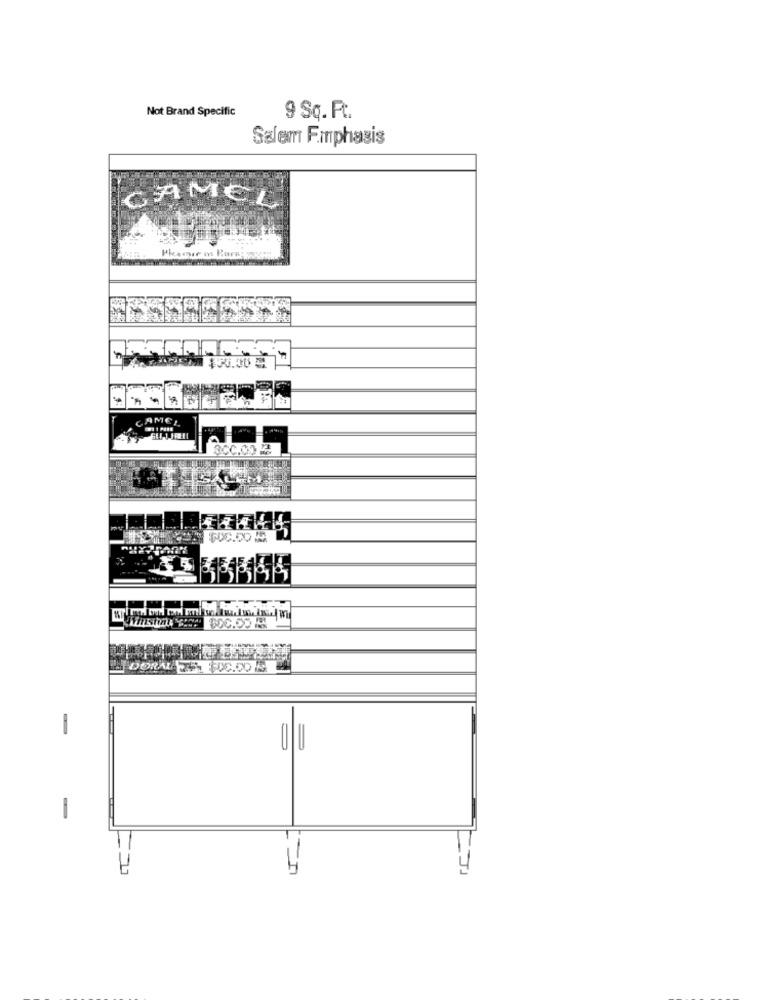
Not Brand Specific
9 Sq. Ft.
Salem F.mphasis
CAMEL
SCC.COM
DORAL 75. 00.00 E
-
-
TJ